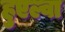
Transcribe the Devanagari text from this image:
हुएल्वा